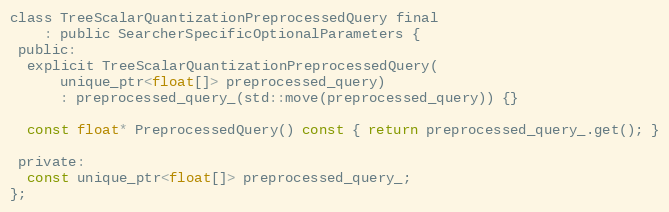
Language: C
class TreeScalarQuantizationPreprocessedQuery final
    : public SearcherSpecificOptionalParameters {
 public:
  explicit TreeScalarQuantizationPreprocessedQuery(
      unique_ptr<float[]> preprocessed_query)
      : preprocessed_query_(std::move(preprocessed_query)) {}

  const float* PreprocessedQuery() const { return preprocessed_query_.get(); }

 private:
  const unique_ptr<float[]> preprocessed_query_;
};